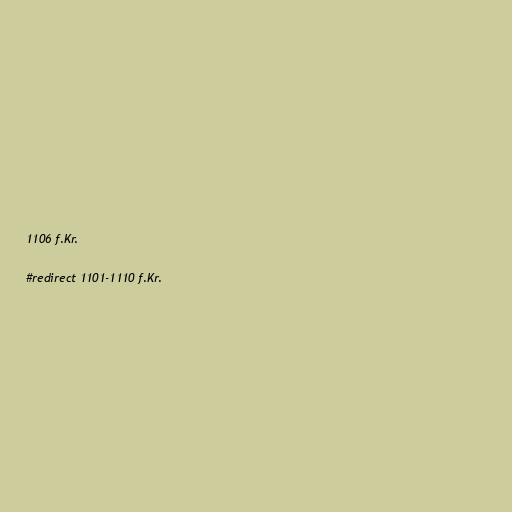
1106 f.Kr.

#redirect 1101-1110 f.Kr.